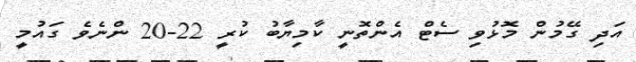
އަދި ގޭމުން މޮޅުވި ސެޓް އެންތޮނީ ކާމިޔާބު ކުރީ 22-20 ންނެވެ ގައުމީ